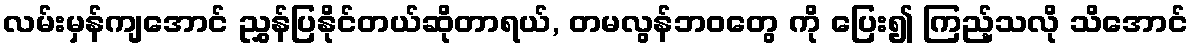
လမ်းမှန်ကျအောင် ညွှန်ပြနိုင်တယ်ဆိုတာရယ်, တမလွန်ဘဝတွေ ကို ပြေး၍ ကြည့်သလို သိအောင်